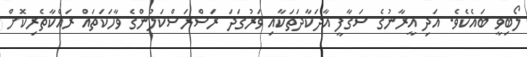
ލޯބިވީ ބައެކެވެ. އަދި އީރާނުގެ ސަގާފީ އާދަކާދަތަކާއި ވަރުގަދަ ރަސްރަސްކަލުންގެ ވާހަކަތައް ރައްކާތެރިކޮށް